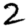
Digit: 2